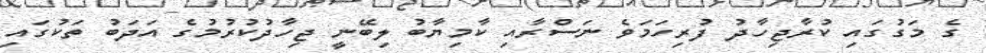
ގެ މަގުގައި ކުރާޖިހާދު ފުރިހަމަވެ ނަސްރާއި ކާމިޔާބު ލިބޭނީ ޖިހާދުކުރުމުގެ އަދަބު ތަކުގައި